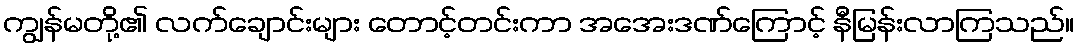
ကျွန်မတို့၏ လက်ချောင်းများ တောင့်တင်းကာ အအေးဒဏ်ကြောင့် နီမြန်းလာကြသည်။